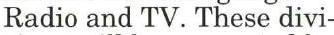
Radio and TV. These divi-